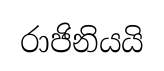
රාජිනියයි